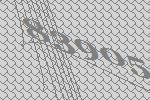
83905